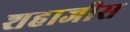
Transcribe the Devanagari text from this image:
शहाजीस